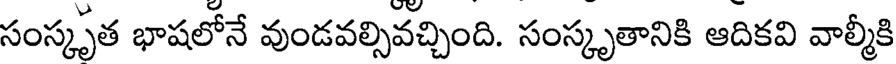
సంస్కృత భాషలోనే వుండవల్సివచ్చింది. సంస్కృతానికి ఆదికవి వాల్మీకి